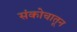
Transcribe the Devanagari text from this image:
संकोचातून